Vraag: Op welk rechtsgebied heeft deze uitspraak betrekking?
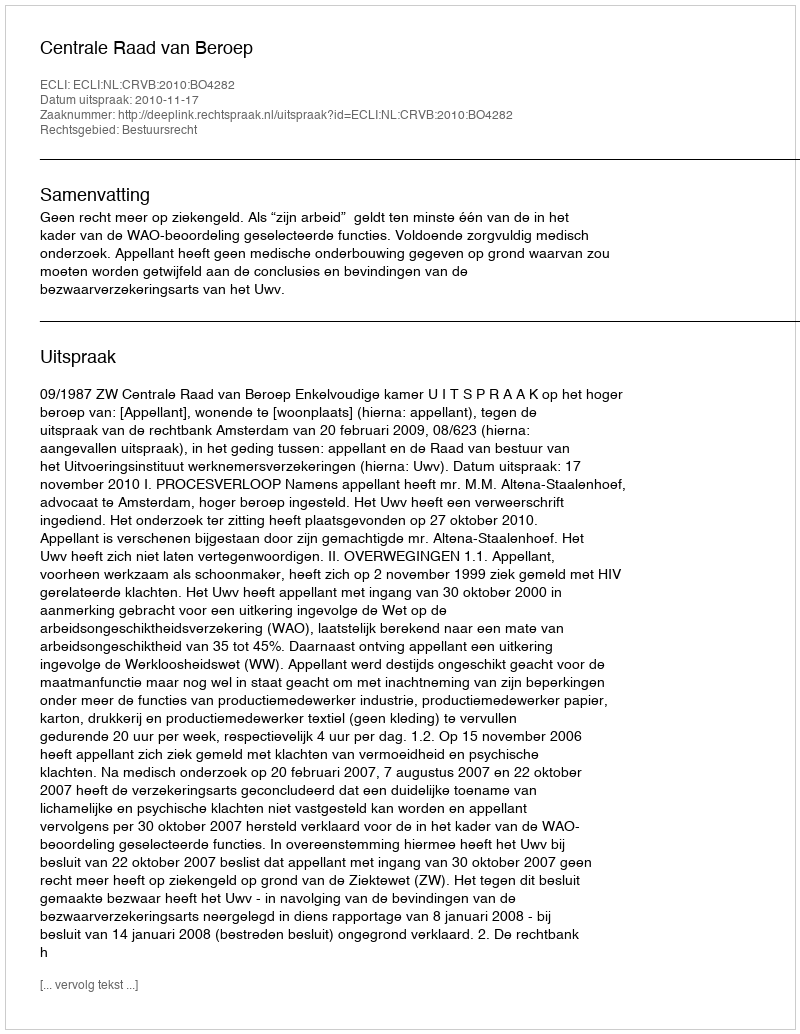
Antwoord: Bestuursrecht